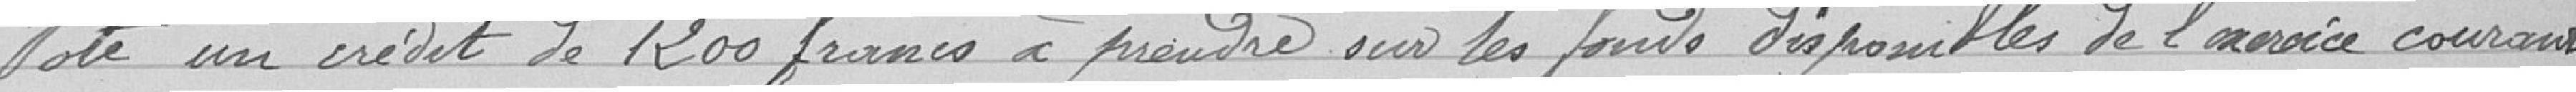
vote un crédit de 1200 francs à prendre sur les fonds disponibles de l'année courant.